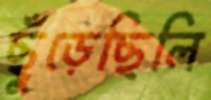
ছুঁড়েছিলি